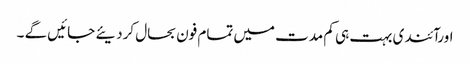
اورآئندی بہت ہی کم مدت میں تمام فون بحال کردیئے جائیں گے ۔